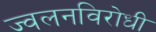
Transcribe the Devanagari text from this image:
ज्वलनविरोधी